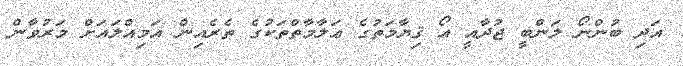
އަދި ބުންނޯ ލަންބީ ޖުދާއީ އޯ ޤިޔާމަތުގެ ޢަލާމާތްތަކުގެ ތެރެއިން އަމިއްލައަށް މަރުވާން